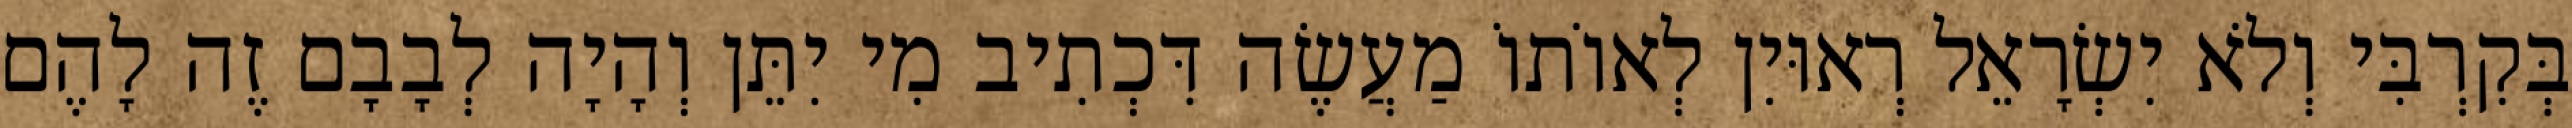
בְּקִרְבִּי וְלֹא יִשְׂרָאֵל רְאוּיִן לְאוֹתוֹ מַעֲשֶׂה דִּכְתִיב מִי יִתֵּן וְהָיָה לְבָבָם זֶה לָהֶם